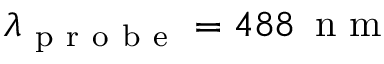
\lambda _ { \mathrm { ~ p ~ r ~ o ~ b ~ e ~ } } = 4 8 8 \, \mathrm { ~ n ~ m ~ }